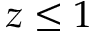
z \le 1